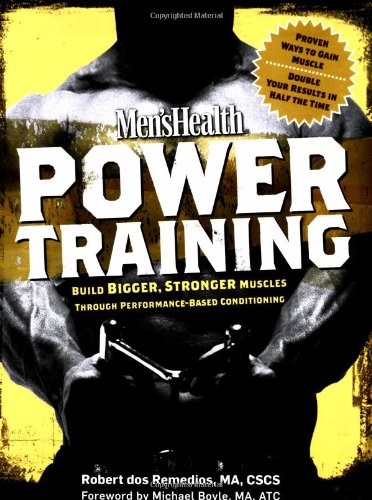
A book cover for Men's Health Power Training: Build Bigger, Stronger Muscles with through Performance-based Conditioning; Robert dos Remedios; Health, Fitness & Dieting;